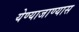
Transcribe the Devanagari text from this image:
येण्याजाण्यास